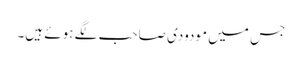
جس میں مودودی صاحب لگے ہوئے ہیں۔